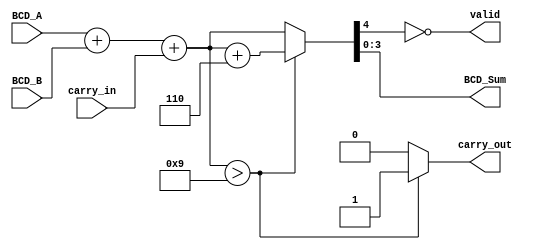
module BCD_Redundant_Binary_Adder (
    input  wire [3:0] BCD_A,      // 4-bit BCD input A
    input  wire [3:0] BCD_B,      // 4-bit BCD input B
    input  wire carry_in,          // 1-bit carry input
    output reg  [3:0] BCD_Sum,     // 4-bit BCD sum output
    output reg  carry_out,         // 1-bit carry output
    output reg  valid              // 1-bit valid output
);

    // Internal signals
    wire [4:0] redundant_A;       // Redundant binary representation of A
    wire [4:0] redundant_B;       // Redundant binary representation of B
    wire [4:0] redundant_sum;     // Sum in redundant binary
    wire [4:0] corrected_sum;     // Corrected sum after BCD correction

    // Convert BCD to Redundant Binary
    assign redundant_A = {1'b0, BCD_A}; // Extend to 5 bits for redundancy
    assign redundant_B = {1'b0, BCD_B}; // Extend to 5 bits for redundancy

    // Perform addition in redundant binary
    assign redundant_sum = redundant_A + redundant_B + carry_in;

    // BCD Correction Logic
    always @(*) begin
        // Check if the sum exceeds valid BCD range (greater than 9)
        if (redundant_sum > 5'd9) begin
            corrected_sum = redundant_sum + 5'd6; // Add 6 for BCD correction
            carry_out = 1'b1; // Set carry out
        end else begin
            corrected_sum = redundant_sum; // No correction needed
            carry_out = 1'b0; // No carry out
        end

        // Assign the final BCD sum and validity
        BCD_Sum = corrected_sum[3:0]; // Take the lower 4 bits as BCD sum
        valid = (corrected_sum[4] == 1'b0); // Valid if no overflow in MSB
    end

endmodule